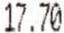
17.70